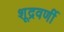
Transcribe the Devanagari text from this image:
शूद्रवर्णी